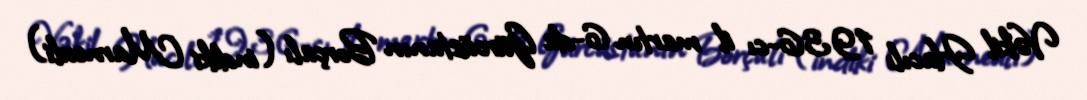
Vəkil Hacılı 1936-cı il martın 6-da Gürcüstanın Borçalı (indiki Marneuli)